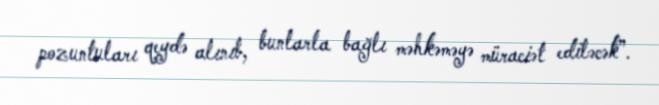
pozuntuları qeydə alınıb, bunlarla bağlı məhkəməyə müraciət ediləcək”.